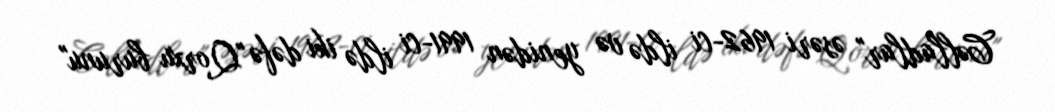
Cəlladlar" əsəri 1962-ci ildə və yenidən 1991-ci ildə iki dəfə "Qorxu burunu"